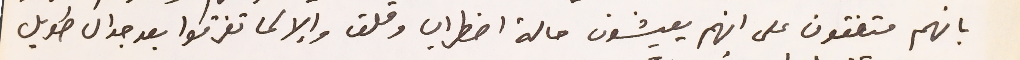
بانهم متفقون على انهم يعيشون حالة اضطراب وقلق وإلا لما تفرقوا بعد جدال طويل